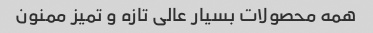
همه محصولات بسیار عالی تازه و تمیز ممنون